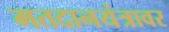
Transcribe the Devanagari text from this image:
मतदानयंत्रावर